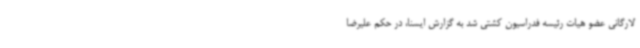
لارگانی عضو هیات رئیسه فدراسیون کشتی شد به گزارش ایسنا، در حکم علیرضا